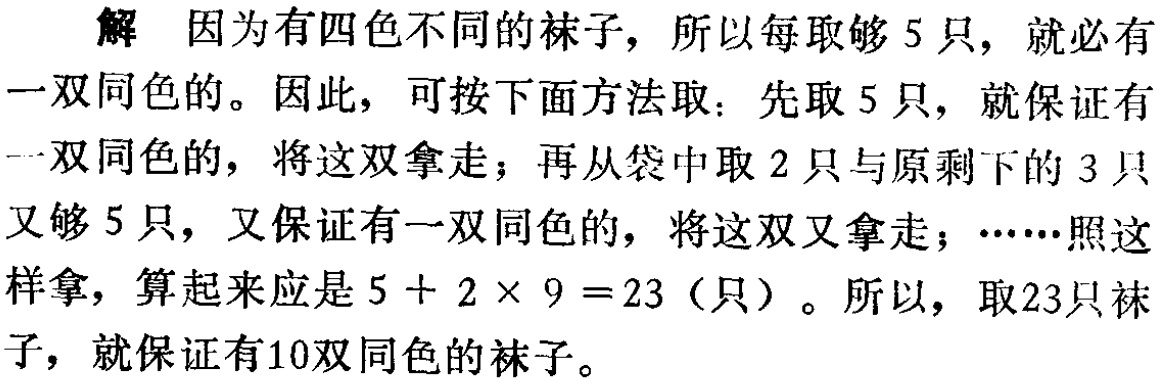
解 因为有四色不同的袜子，所以每取够 5 只，就必有一双同色的。因此，可按下面方法取：先取 5 只，就保证有一双同色的，将这双拿走；再从袋中取 2 只与原剩下的 3 只又够 5 只，又保证有一双同色的，将这双又拿走；……照这样拿，算起来应是 \(5 + 2\times9 = 23\)（只）。所以，取23只袜子，就保证有10双同色的袜子。